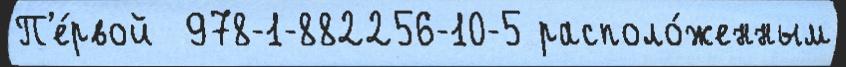
П'е́рвой  978-1-882256-10-5 располо́женным